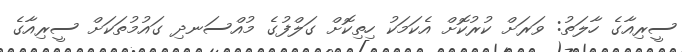
ސީރިއާގެ ހާލަތު: ވަރަށް ކުރުކޮށް އެކަމަކު ހިތިކޮށް ގަލްފުގެ މުއްސަނދި ގައުމުތަކަށް ސީރިއާގެ